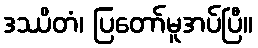
ဒဿိတံ၊ ပြတော်မူအပ်ပြီ။